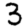
Digit: 3